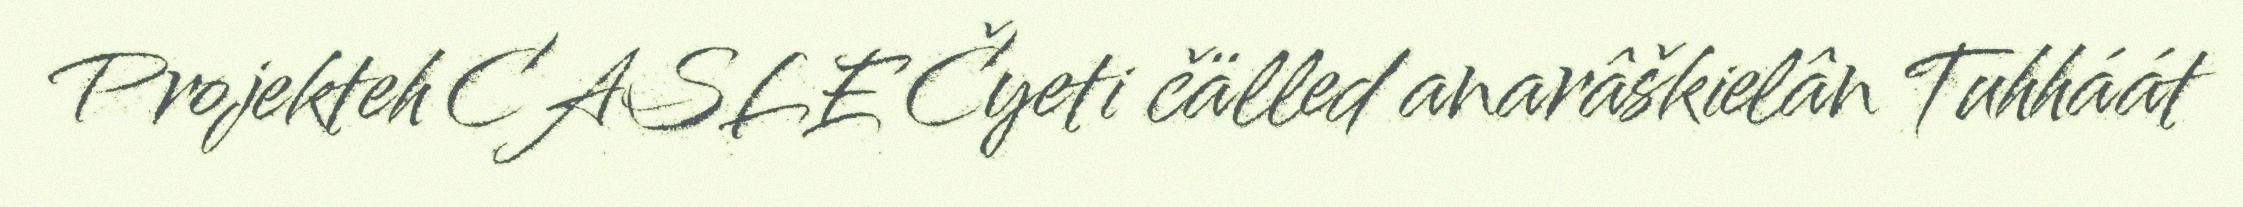
Projekteh CASLE Čyeti čälled anarâškielân Tuhháát